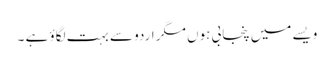
ویسے میں پنجابی ہوں مگر اردو سے بہت لگاؤ ہے ۔